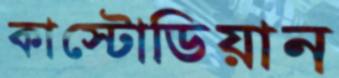
কাস্টোডিয়ান